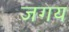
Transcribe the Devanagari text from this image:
जगय